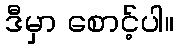
ဒီမှာ စောင့်ပါ။